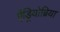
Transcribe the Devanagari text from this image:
ऐंड्रियोब्रिया